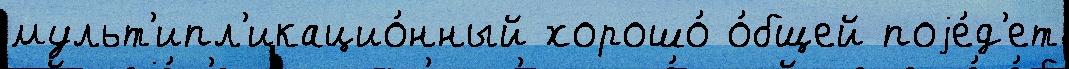
мульт'ипл'икацио́нный хорошо́ о́бщей поjе́д'ет